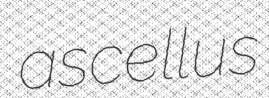
ascellus